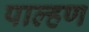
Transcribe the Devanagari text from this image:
पाल्हण